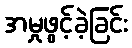
အမှုဖွင့်ခဲ့ခြင်း